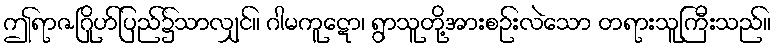
ဤရာဇဂြိုဟ်ပြည်၌သာလျှင်။ ဂါမကူဋော၊ ရွာသူတို့အားစဉ်းလဲသော တရားသူကြီးသည်။